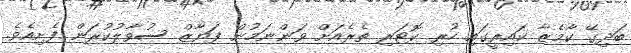
ބަދިގޭ ކާމެޒާ ކައިރީގައި ހުރި ކޮޓަރި ތެރެއަށް ވަންނަމުން ފަޔާޒް ސުވާލުކުރަން ފެށިއެވެ.